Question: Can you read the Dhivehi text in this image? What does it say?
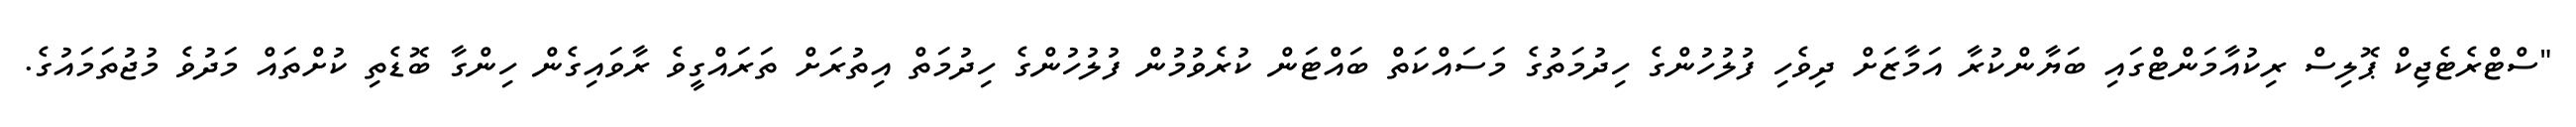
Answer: "ސްޓްރެޓެޖިކް ޕޮލިސް ރިކުއާމަންޓްގައި ބަޔާންކުރާ އަމާޒަށް ދިވެހި ފުލުހުންގެ ހިދުމަތުގެ މަސައްކަތް ބައްޓަން ކުރެވުމުން ފުލުހުންގެ ހިދުމަތް އިތުރަށް ތަރައްގީވެ ރާވައިގެން ހިންގާ ބޮޑެތި ކުށްތައް މަދުވެ މުޖުތަމައުގެ.